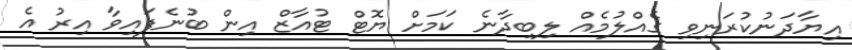
އިޔާދަނުކުރަނިވި ގެއްލުމެއް ލިބިދާނެ ކަމަށް ޔޮޓް ޓުއާޒް އިން ބުނެފައިވާ އިރު އެ